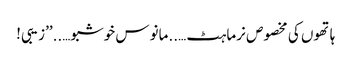
ہاتھوں کی مخصوص نرماہٹ …..مانوس خوشبو…..’’زیبی!